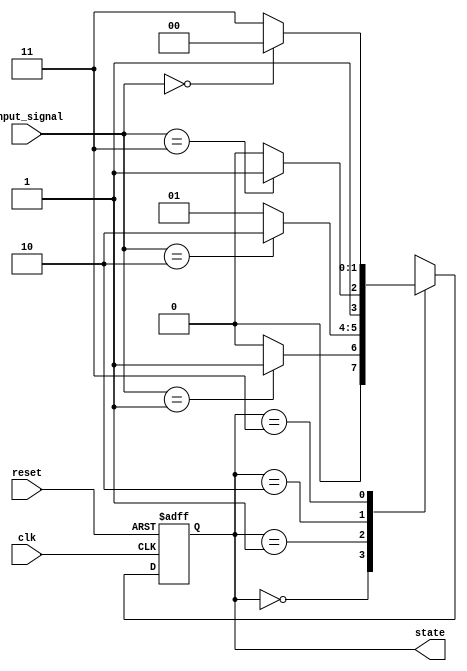
module state_machine (
    input wire clk,         // Clock input
    input wire reset,       // Asynchronous reset
    input wire [1:0] input_signal, // Example input signal
    output reg [1:0] state  // 2-bit state output
);

// State encoding
localparam STATE_0 = 2'b00;
localparam STATE_1 = 2'b01;
localparam STATE_2 = 2'b10;
localparam STATE_3 = 2'b11;

// Always block for state transition using non-blocking assignments
always @(posedge clk or posedge reset) begin
    if (reset) begin
        state <= STATE_0; // Asynchronous reset to STATE_0
    end else begin
        // State transition logic
        case (state)
            STATE_0: begin
                if (input_signal == 2'b01) begin
                    state <= STATE_1; // Transition to STATE_1
                end else begin
                    state <= STATE_0; // Remain in STATE_0
                end
            end
            STATE_1: begin
                if (input_signal == 2'b10) begin
                    state <= STATE_2; // Transition to STATE_2
                end else begin
                    state <= STATE_1; // Remain in STATE_1
                end
            end
            STATE_2: begin
                if (input_signal == 2'b11) begin
                    state <= STATE_3; // Transition to STATE_3
                end else begin
                    state <= STATE_2; // Remain in STATE_2
                end
            end
            STATE_3: begin
                if (input_signal == 2'b00) begin
                    state <= STATE_0; // Transition back to STATE_0
                end else begin
                    state <= STATE_3; // Remain in STATE_3
                end
            end
            default: state <= STATE_0; // Default case
        endcase
    end
end

endmodule